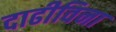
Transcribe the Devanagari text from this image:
दाढीविना